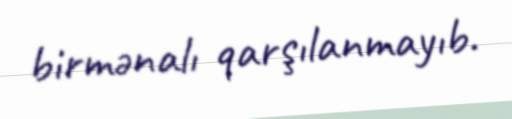
birmənalı qarşılanmayıb.